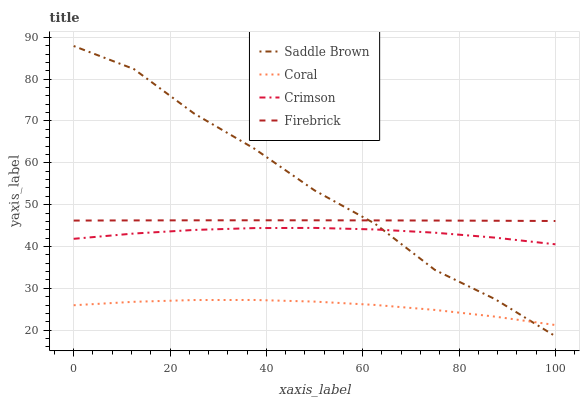
| xaxis_label | Saddle Brown | Coral | Crimson | Firebrick |
 | --- | --- | --- | --- | --- |
 | 0 | 87.9 | 25.9 | 41.8 | 46.2 |
 | 12.5 | 82.4 | 26.8 | 43.1 | 46.2 |
 | 25 | 71.8 | 27.2 | 43.9 | 46.2 |
 | 37.5 | 63.4 | 27.2 | 44.4 | 46.3 |
 | 50 | 53.4 | 26.8 | 44.4 | 46.3 |
 | 62.5 | 45.5 | 26 | 44.1 | 46.2 |
 | 75 | 34.4 | 24.8 | 43.3 | 46.2 |
 | 87.5 | 27.4 | 23.2 | 42.1 | 46.1 |
 | 100 | 18.5 | 21.2 | 40.5 | 46.1 |